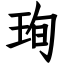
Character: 珣